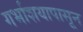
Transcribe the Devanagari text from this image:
गर्भाशयापासून